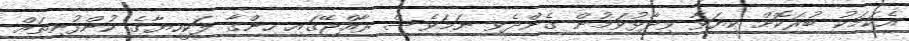
އެކަމަކު ބުރަކޮށް ކިޔަވާ ވިދާޅުވަމުން ގެންދެވި ނަމަވެސް ރާއްޖޭގައި ހިންގާ ލަކީހިޔާގެ ކުންފުނިތައް